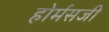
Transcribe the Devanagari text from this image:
होर्मसजी